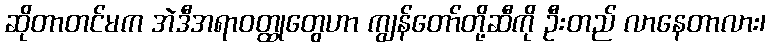
ဆိုတာတင်မက အဲဒီအရာဝတ္ထုတွေဟာ ကျွန်တော်တို့ဆီကို ဦးတည် လာနေတာလား၊